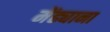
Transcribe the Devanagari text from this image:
मेंढ्याना